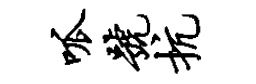
呱号抗